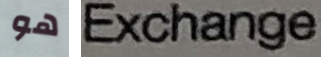
هو Exchange